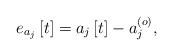
\begin{align*} e_{a_j}\left[t\right]=a_j\left[t\right]-a_j^{\left(o\right)},\end{align*}